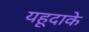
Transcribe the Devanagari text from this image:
यहूदाके